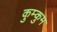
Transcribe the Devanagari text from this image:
कुम्कुम